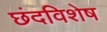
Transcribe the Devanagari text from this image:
छंदविशेष